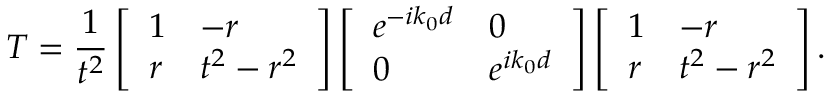
T = \frac { 1 } { t ^ { 2 } } \left[ \begin{array} { l l } { 1 } & { - r } \\ { r } & { t ^ { 2 } - r ^ { 2 } } \end{array} \right] \left[ \begin{array} { l l } { e ^ { - i k _ { 0 } d } } & { 0 } \\ { 0 } & { e ^ { i k _ { 0 } d } } \end{array} \right] \left[ \begin{array} { l l } { 1 } & { - r } \\ { r } & { t ^ { 2 } - r ^ { 2 } } \end{array} \right] .